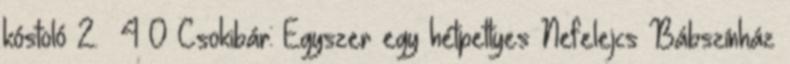
kóstoló 2. 4 0 Csokibár: Egyszer egy hétpettyes Nefelejcs Bábszínház